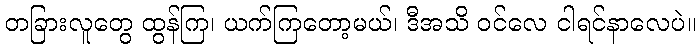
တခြားလူတွေ ထွန်ကြ၊ ယက်ကြတော့မယ်၊ ဒီအသိ ဝင်လေ ငါရင်နာလေပဲ။